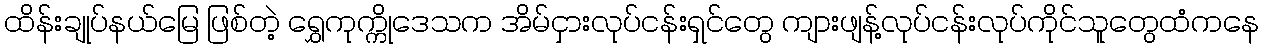
ထိန်းချုပ်နယ်မြေ ဖြစ်တဲ့ ရွှေကုက္ကိုဒေသက အိမ်ငှားလုပ်ငန်းရှင်တွေ ကျားဖျန့်လုပ်ငန်းလုပ်ကိုင်သူတွေထံကနေ